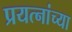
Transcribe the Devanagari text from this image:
प्रयत्नांच्या